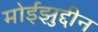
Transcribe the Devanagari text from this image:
मोईझुद्दीन